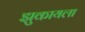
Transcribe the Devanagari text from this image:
झुकायला